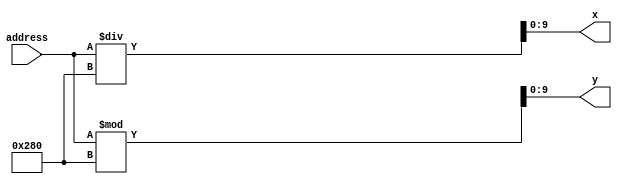
module converter(address, x, y);
	input [18:0] address;
	output reg [9:0] x, y;
	
	always @(address) begin
		x <= address / (10'd640);
		y <= address % (10'd640);
	end
endmodule